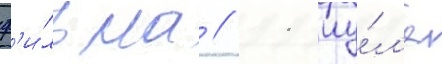
ф'и́льма // 11 иу́л'я